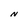
Character: N